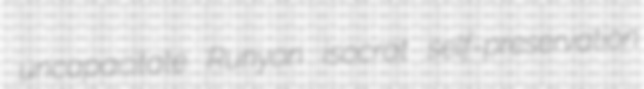
uncapacitate Runyon isocrat self-preservation